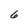
Character: 6